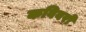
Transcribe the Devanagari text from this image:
कविवरों